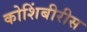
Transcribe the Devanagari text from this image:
कोशिंबीरीस